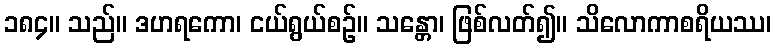
၁၈၄။ သည်။ ဒဟရကော၊ ငယ်ရွယ်စဉ်။ သန္တော၊ ဖြစ်လတ်၍။ သိလောကာစရိယဿ၊